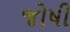
જોષી